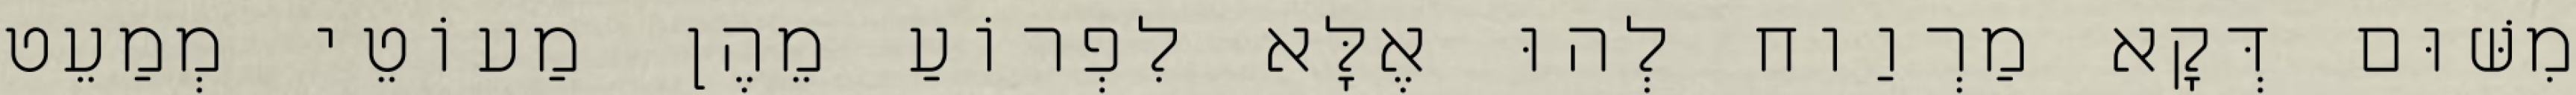
מִשּׁוּם דְּקָא מַרְוַוח לְהוּ אֶלָּא לִפְרוֹעַ מֵהֶן מַעוֹטֵי מְמַעֵט